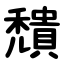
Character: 穨